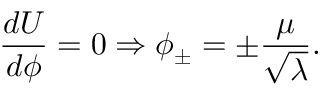
\frac { d U } { d \phi } = 0 \Rightarrow \phi _ { \pm } = \pm \frac { \mu } { \sqrt { \lambda } } .